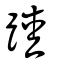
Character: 踛